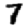
Digit: 7